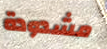
مشدودة